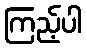
ကြည့်ပါ